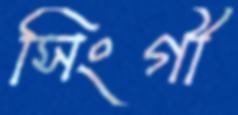
সিংগী